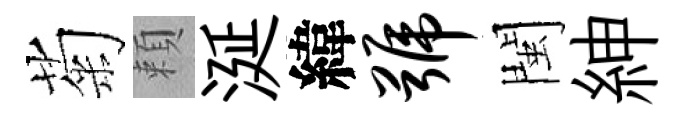
菊頼涎緯号閩紳